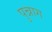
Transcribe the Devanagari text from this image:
पुन्नाग